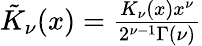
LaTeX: \begin{array}{r}{\tilde{K}_{\nu}(x)=\frac{K_{\nu}(x)x^{\nu}}{2^{\nu-1}\Gamma(\nu)}}\end{array}